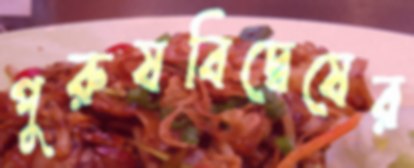
পুরুষবিদ্বেষের